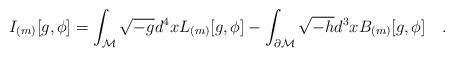
LaTeX: \begin{align*}I_{(m)}[g,\phi]=\int_{\cal M} \sqrt{-g}d^4x L_{(m)}[g,\phi]-\int_{\partial {\cal M}}\sqrt{-h}d^3 x B_{(m)}[g,\phi]~~~.\end{align*}